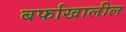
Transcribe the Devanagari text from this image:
बर्फाखालील